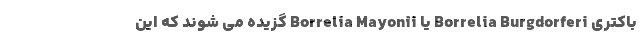
باکتری Borrelia Burgdorferi یا Borrelia Mayonii گزیده می شوند که این